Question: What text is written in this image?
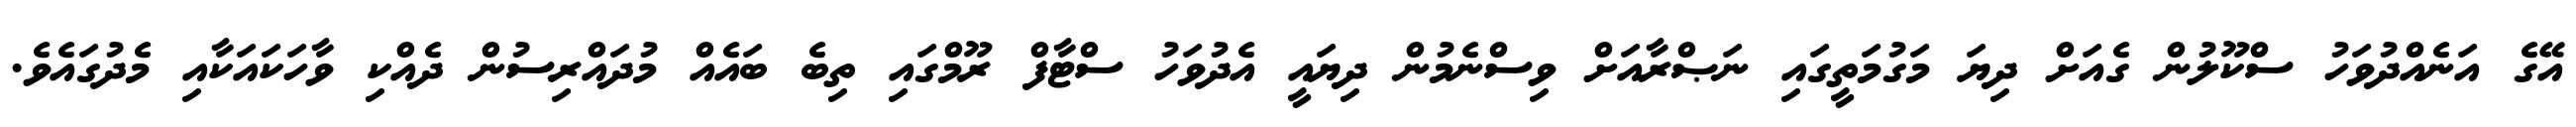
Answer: އޭގެ އަނެއްދުވަހު ސްކޫލުން ގެއަށް ދިޔަ މަގުމަތީގައި ނަޞްރާއަށް ވިސްނެމުން ދިޔައީ އެދުވަހު ސްޓާފް ރޫމްގައި ތިބެ ބައެއް މުދައްރިސުން ދެއްކި ވާހަކައަކާއި މެދުގައެވެ.